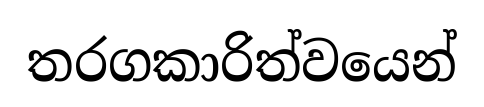
තරගකාරිත්වයෙන්